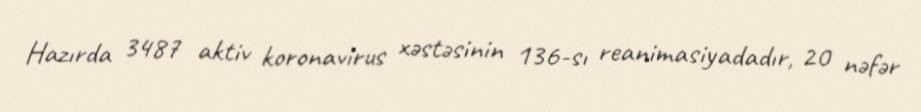
Hazırda 3487 aktiv koronavirus xəstəsinin 136-sı reanimasiyadadır, 20 nəfər